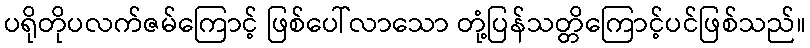
ပရိုတိုပလက်ဇမ်ကြောင့် ဖြစ်ပေါ်လာသော တုံ့ပြန်သတ္တိကြောင့်ပင်ဖြစ်သည်။